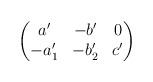
LaTeX: \begin{align*}\begin{pmatrix}a' & -b' & 0 \\-a'_1 & -b'_2 & c'\end{pmatrix}\end{align*}